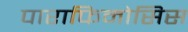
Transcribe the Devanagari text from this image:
पाराफिमोसिस